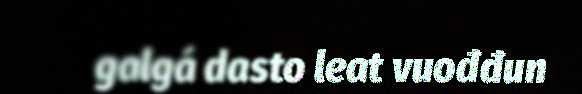
galgá dasto leat vuođđun